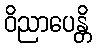
ဝိညာပေန္တိ